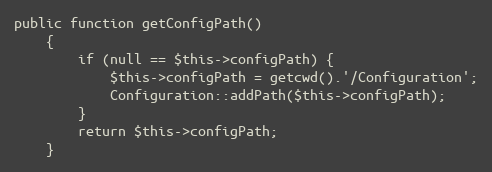
Language: PHP
public function getConfigPath()
    {
        if (null == $this->configPath) {
            $this->configPath = getcwd().'/Configuration';
            Configuration::addPath($this->configPath);
        }
        return $this->configPath;
    }